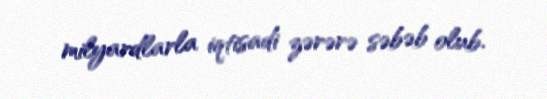
milyardlarla iqtisadi zərərə səbəb olub.